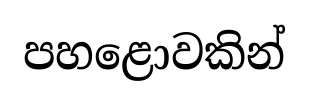
පහළොවකින්